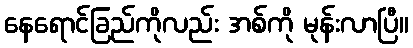
နေရောင်ခြည်ကိုလည်း အစ်ကို မုန်းလာပြီ။